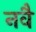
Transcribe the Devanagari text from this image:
नवै